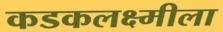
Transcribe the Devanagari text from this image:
कडकलक्ष्मीला